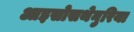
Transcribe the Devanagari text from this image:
आइसोसथेनुरिया